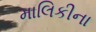
માલિકીના